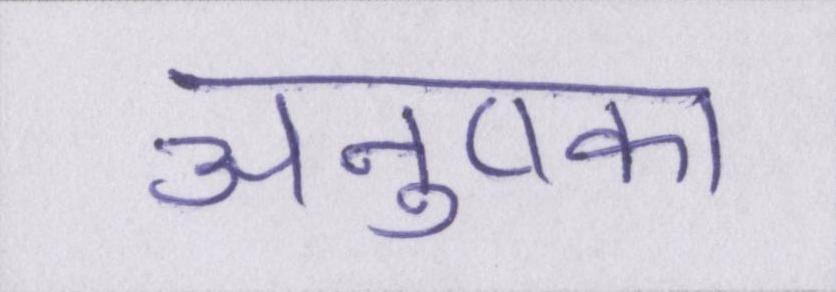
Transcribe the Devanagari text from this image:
अनुष्का